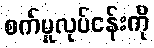
စက်မှုလုပ်ငန်းကို